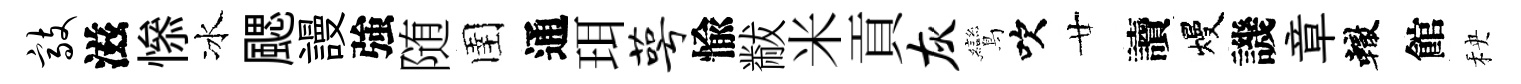
敲滋𢡖冰颸謾強随圉通珥萼愉黻米貢灰鸞吹廿讀熳譏章轍館秧